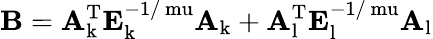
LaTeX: \mathrm{\mathbf B}=\mathrm{\mathbf A_{k}^{T}}\mathrm{\mathbf E_{k}^{-1/\ mu}}\mathrm{\mathbf A_{k}}+\mathrm{\mathbf A_{l}^{T}}\mathrm{\mathbf E_{l}^{-1/\ mu}}\mathrm{\mathbf A_{l}}